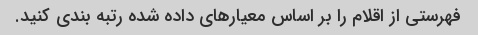
فهرستی از اقلام را بر اساس معیارهای داده شده رتبه بندی کنید.